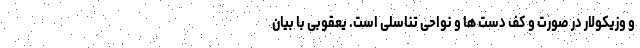
و وزیکولار در صورت و کف دست ها و نواحی تناسلی است. یعقوبی با بیان